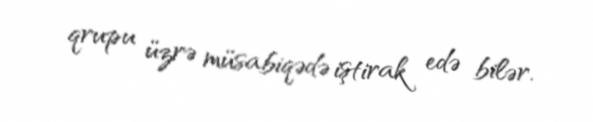
qrupu üzrə müsabiqədə iştirak edə bilər.